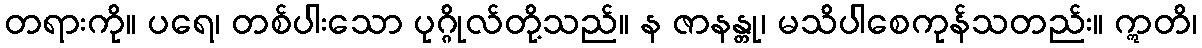
တရားကို။ ပရေ၊ တစ်ပါးသော ပုဂ္ဂိုလ်တို့သည်။ န ဇာနန္တု၊ မသိပါစေကုန်သတည်း။ ဣတိ၊